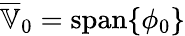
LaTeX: \overline{{\mathbb{V}}}_{0}=\operatorname{span}\{ \phi_{0}\}